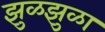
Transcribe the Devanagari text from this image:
झुळझुळा